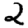
Digit: 2